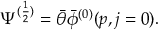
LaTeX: \Psi ^ { ( \frac { 1 } { 2 } ) } = \bar { \theta } \bar { \phi } ^ { ( 0 ) } ( p , j = 0 ) .